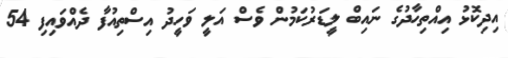
އިދިކޮޅު އިއްތިހާދުގެ ނައިބް ލީޑަރުކަމުން ވެސް އަލީ ވަހީދު އިސްތިއުފާ ދެއްވައިފި 54